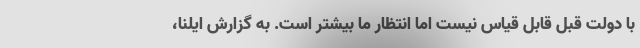
با دولت قبل قابل قیاس نیست اما انتظار ما بیشتر است. به گزارش ایلنا،